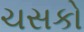
ચસકો